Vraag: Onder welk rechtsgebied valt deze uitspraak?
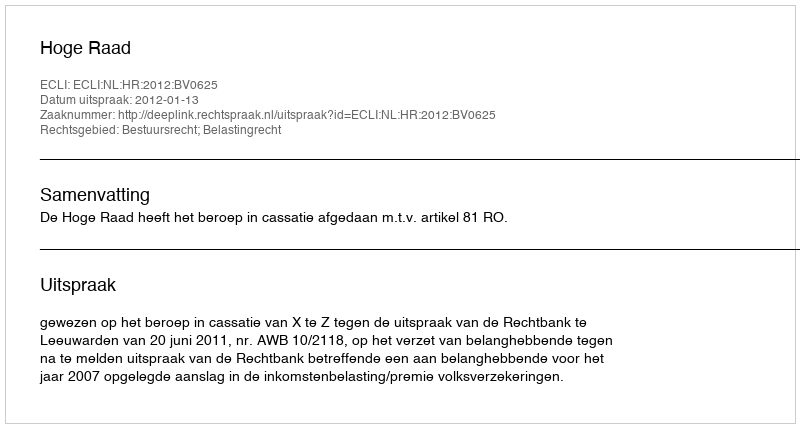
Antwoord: Bestuursrecht; Belastingrecht